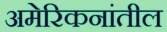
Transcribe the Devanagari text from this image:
अमेरिकनांतील